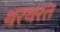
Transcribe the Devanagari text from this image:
थरथरत